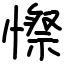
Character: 憏